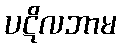
ပဋိလဘာမ